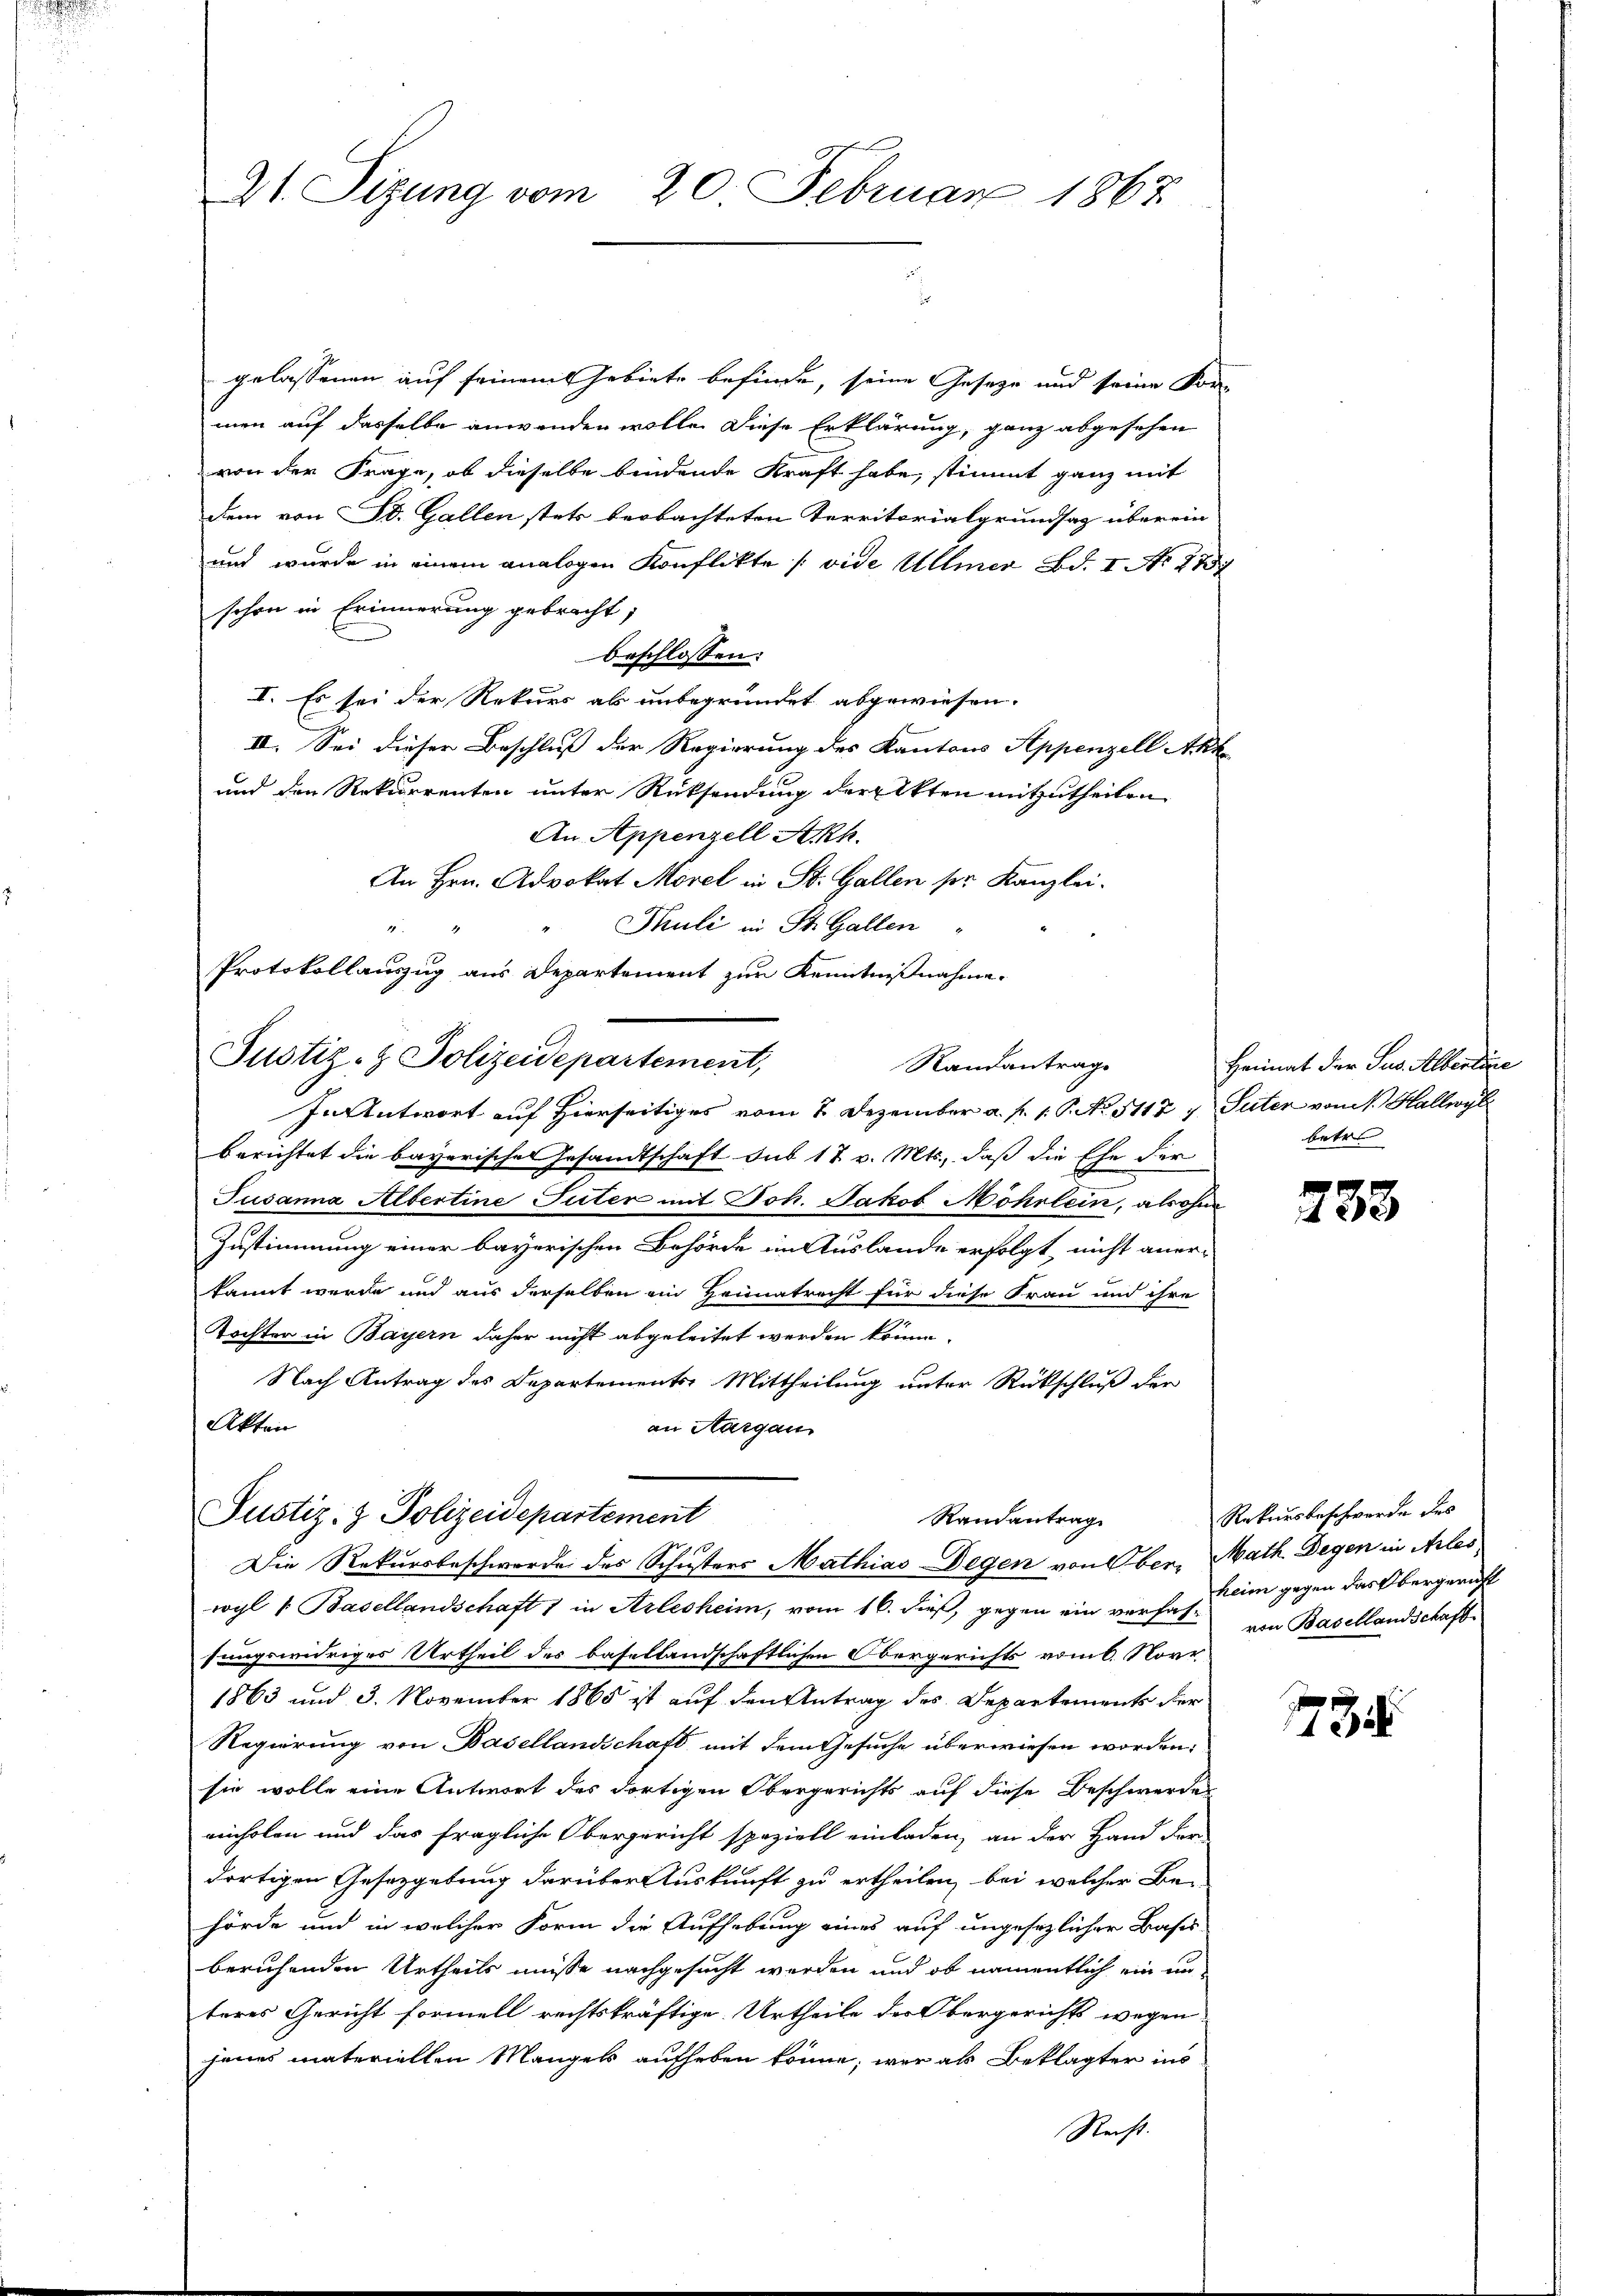
21. Sizung vom 20. Februar 1867

gelassenen auf seinem Gebiete befinde, seine Geseze und seine Vor-
men auf dasselbe anwenden wolle. Diese Erklärung, ganz abgesehen
von der Frage, ob dieselbe bindende Kraft habe, stimmt ganz mit
dem von St. Gallen stets beobachteten Territorialgrundsaz überein
und wurde in einem analogen Konflikte (vide Ullmer Bd. I No 1757
schon in Erinnerung gebracht,
e
beschlossen:
I. Es sei der Rekurs als unbegründet abgewiesen.
II. Sei dieser Beschluß der Regierung des Kantons Appenzell Akk
und den Rekurrenten unter Rücksendung der Akten mitzutheilen
An Appenzell Akh.
An Hrn. Advokat Morel in St. Gallen ser Kanzlei-
Thuli in St. Gallen

Protokollauszug aus Departement zum Kenntnißnahme.
Randantrage
In Antwort auf Hierseitiges vom 2. Dezember a. f. 1. P. No. 5117 u Seiter vom 1. Hallwyl
berichtet die bayerisches Gesandtschaft sub 17 v. Mts., daß die Ehe der
Susanna Albertine Suter mit Joh. Jakob Möhrlein, als ohne
Zustimmung einer bayerischen Behörde im Auslande erfolgt, nicht aner-
kannt werde und aus derselben ein Heimatrecht für diese Frau und ihre
Tochter in Bayern daher nicht abgeleitet werden könne.
Nach Antrag des Departements Mittheilung unter Rückschluß der
Akten
an Aargau
Justiz- & Polizeidepartement
Randantrag
Die Rekursbeschwerde des Schusters Mathias Degen von Ober, Math. Degen in Arles
wyl 1. Basellandschaft 1 in Arlesheim, vom 16. dieß, gegen ein vorhat- von Basellandschaft
sungswidriges Urtheil des basellandschaftlichen Obergerichts vom 6. Nove
1863 und 3. November 1865 ist auf den Antrag des Departements der
Regierung von Basellandschaft mit dem Gesuche überwiesen worden:
sie wolle eine Antwort des dortigen Obergerichts auf diese Beschwerde
einholen und das fragliche Obergericht speziell einladen, an der Hand der-
dortigen Gesetzgebung darüber Auskunft zu ertheilen, bei welcher Be-
hörde und in welcher Form die Aufhebung eines auf ungesezlicher Base
beruhenden Urtheils müsse nachgesucht werden und ob namentlich ein unteres Gericht formell rechtskräftige Urtheile der Obergerichts wegen
jenes materiellen Mangels aufheben könne, wir als Beklagter ins
Recht.

Justiz- & Polizeidepartement,

Heimat der Sus. Albertire
betr

733

Rekursbeschwerde des
heim gegen das Obergericht

134